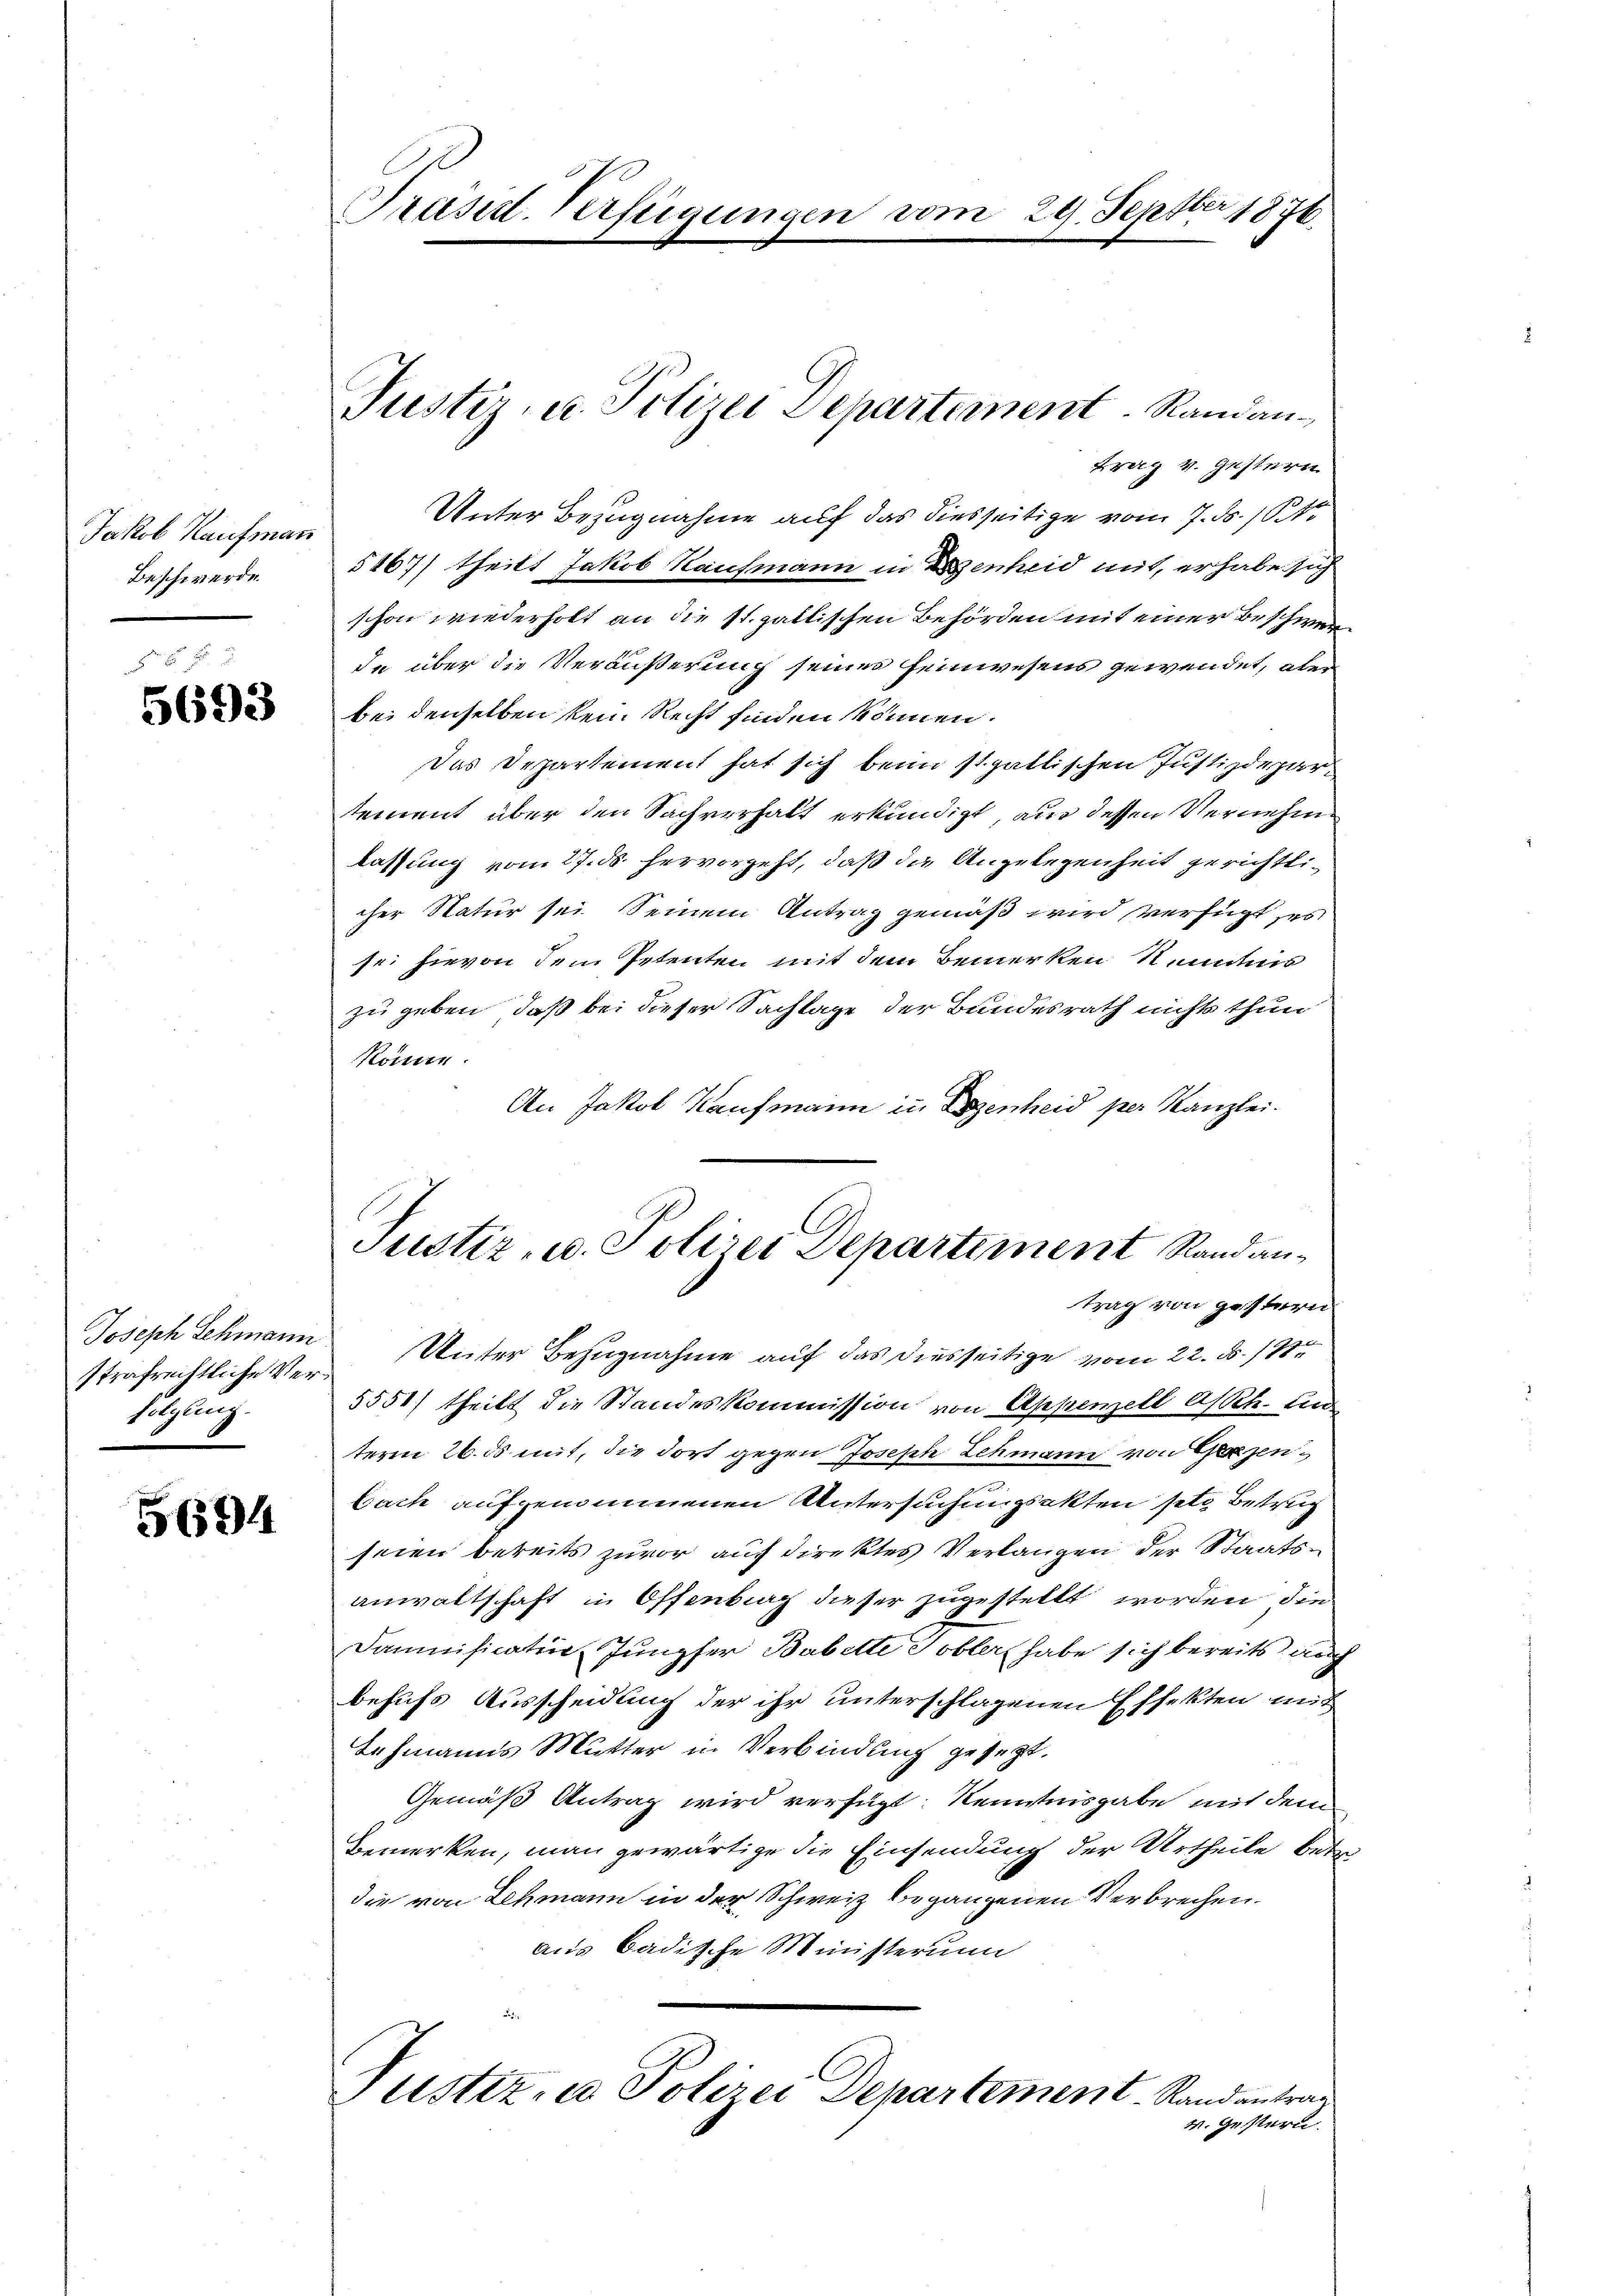
Jakob Kaufmann
Beschwerde.

5693

Joseph Schmann
folgung.

5694

Präsid-Verfügungen vom 29. Septbr 1876.

Frag v. Gestern
Unter Bezugnahme auf das diesseitige vom 7. ds. Sto
5867) theilt Jakob Kaufmann in Henheid mit, erhabe sich
schon wiederholt an die st. gallischen Behörden mit einer Beschwerde über die Veräußerung seines seinwesens gewendet, aber
bei denselben kein Recht finden können.
Das Departement hat sich beim st. gallischen Justizdepartement über den Sachverhalt erkundigt, aus dessen Vernehme
lassung vom 27. ds hervorgeht, daß die Angelegenheit gerichtlicher Natur sei Seinem Antrag gemäß wird verfügt ses
sei hievon dem Petenten mit dem Bemerken Nemmnis
zu geben, daß bei dieser Sachlage der Bundesrath nichts thun
Konne
An Jakob Kaufmann in Bogenheid per Kanzlei.
trag von gestern
strafrechtliche Ver- Unter Bezugnahme auf das diesseitige vom 22. d. 191
5551/ theilt die Standeskommission von Appenzell a/Rh. un
term 26. ds mit, die dort gegen Joseph Schmann von Ganzen
bach aufgenommenen Untersuchungsakten ste Betrug
seien bereits zuvor auf direktes Verlangen der Staatsanwaltschaft in Offenburg dieser zugestellt worden, die
Damnification Jungfer Babette Tobler habe sich bereits auch
behufs Ausscheidung der ihr unterschlagenen Effekten mit
Lehmanns Mutter in Verbindung gesetzt.
Gemäß Antrag wird verfügt: Kenntnisgabe mit dem
Bemerken, man gewärtige die Einsendung der Urtheile betr.
die von Lehmann in der Schweiz begangenen Verbrechen.
aus Badische Ministerun
Pustiz, in Polizei Departement. Randantrag
v. Gestern.

Justiz- u. Polizei Departement Randan¬

Justiz- u. Polizei Departement Randan¬